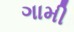
ગામી